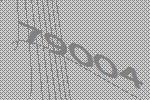
79004